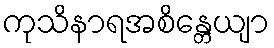
ကုသိနာရအစိန္တေယျာ